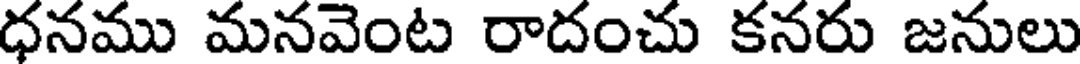
ధనము మనవెంట రాదంచు కనరు జనులు